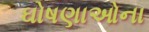
ઘોષણાઓના